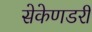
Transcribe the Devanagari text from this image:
सेकेणडरी